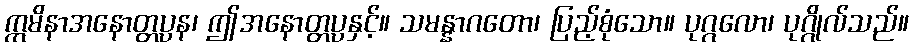
ဣမိနာအနောတ္တပ္ပန၊ ဤအနောတ္တပ္ပနှင့်။ သမန္နာဂတော၊ ပြည့်စုံသော။ ပုဂ္ဂလော၊ ပုဂ္ဂိုလ်သည်။